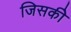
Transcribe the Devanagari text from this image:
जिसकीे